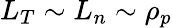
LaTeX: L_{T}\sim L_{n}\sim\rho_{p}